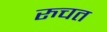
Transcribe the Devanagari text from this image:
रुचत